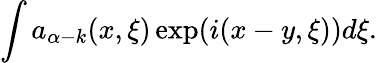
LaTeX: \int a_{\alpha-k}(x,\xi)\exp(i(x-y,\xi))d\xi.